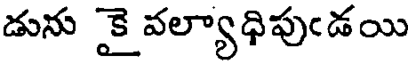
డును కై వల్యాధిపుఁడయి